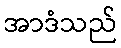
အာဒံသည်